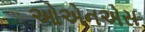
ઓએનએસ